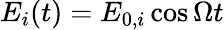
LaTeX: E_{i}(t)=E_{0,i}\cos{\Omega t}